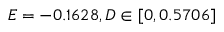
E = - 0 . 1 6 2 8 , D \in [ 0 , 0 . 5 7 0 6 ]